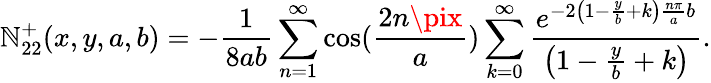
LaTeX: \mathbb{N}_{22}^{+}(x,y,a,b)=-\frac{{1}}{{8ab}}\sum_{n=1}^{\infty}\cos(\frac{{2n\pix}}{{a}})\sum_{k=0}^{\infty}\frac{{e^{-2\left(1-\frac{{y}}{{b}}+k\right)\frac{{n\pi}}{{a}}b}}}{{\left(1-\frac{{y}}{{b}}+k\right)}}.